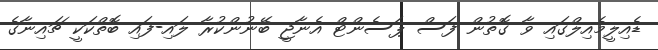
ޑެއިލީމެއިލްގައި ވާ ގޮތުން ފަސް ޕަސެންޓް އެނާޖީ ބޭނުންކުރާ ލައި-ފައި ބޮތްކަކީ ޗައިނާގެ